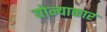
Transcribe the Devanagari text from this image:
योन्याकार